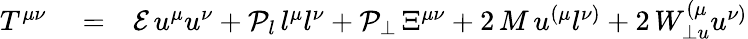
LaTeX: \begin{array}{rlr}{T^{\mu\nu}}&{{}=}&{\mathcal{E}\, u^{\mu}u^{\nu}+\mathcal{P}_{l}\, l^{\mu}l^{\nu}+\mathcal{P}_{\perp}\, \Xi^{\mu\nu}+2\, M\, u^{\left(\mu\right.}l^{\left.\nu\right)}+2\, W_{\perp u}^{\left(\mu\right.}u^{\left.\nu\right)}}\end{array}